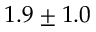
1 . 9 \pm 1 . 0